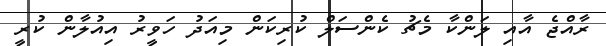
ރާއްޖެ އާއި ލަންކާ މެޗު ކެންސަލް ކުރިކަން މިއަދު ހަވީރު އިއުލާން ކުރީ